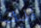
ذلك